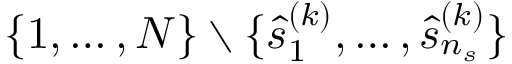
\{ 1 , \ldots , N \} \setminus \{ \hat { s } _ { 1 } ^ { ( k ) } , \ldots , \hat { s } _ { n _ { s } } ^ { ( k ) } \}